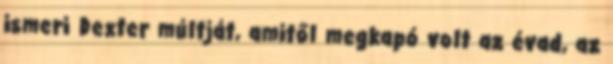
ismeri Dexter múltját, amitől megkapó volt az évad, az